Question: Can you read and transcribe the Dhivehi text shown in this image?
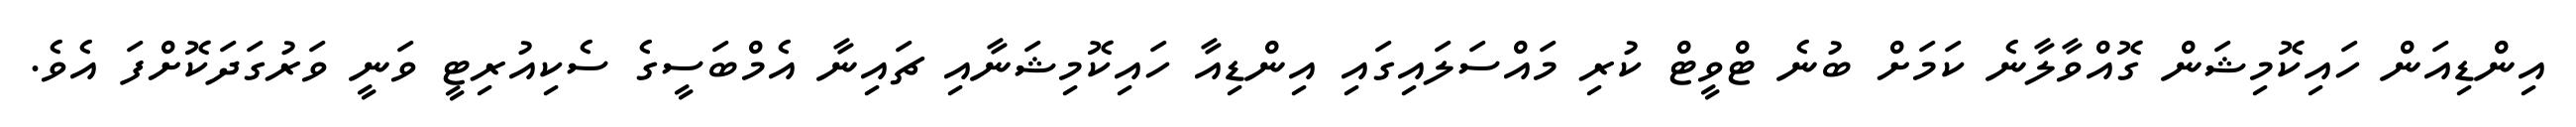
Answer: އިންޑިއަން ހައިކޮމިޝަން ގޮއްވާލާނެ ކަމަށް ބުނެ ޓްވީޓް ކުރި މައްސަލައިގައި އިންޑިއާ ހައިކޮމިޝަނާއި ޗައިނާ އެމްބަސީގެ ސެކިއުރިޓީ ވަނީ ވަރުގަދަކޮށްފަ އެވެ.